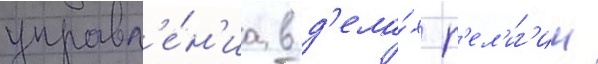
управл'е́н'иа в д'ела́х р'ел'иг'ии